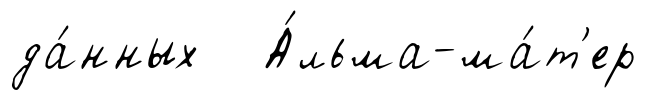
да́нных А́льма-ма́т'ер